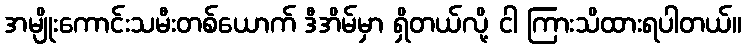
အမျိုးကောင်းသမီးတစ်ယောက် ဒီအိမ်မှာ ရှိတယ်လို့ ငါ ကြားသိထားရပါတယ်။